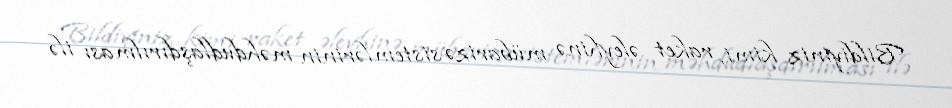
Bildiyiniz kimi, raket əleyhinə mübarizə sistemlərinin məhdudlaşdırılması ilə